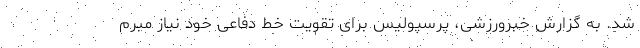
شد. به گزارش خبرورزشی، پرسپولیس برای تقویت خط دفاعی خود نیاز مبرم